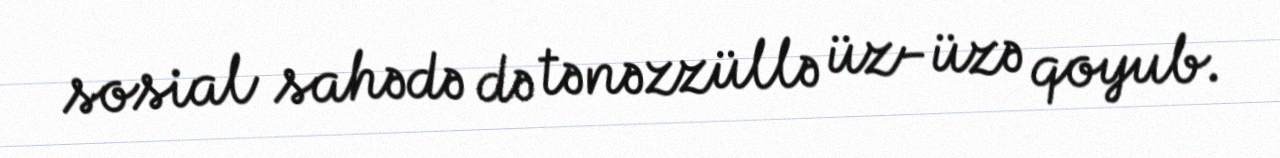
sosial sahədə də tənəzzüllə üz-üzə qoyub.